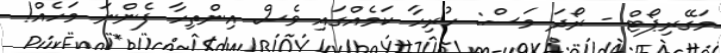
މަގޭރިޕޯޓް - ރޯދަ މަސް: ހުރިހާ ކަމެއްގައި ވެސް އިންތިހާ ފެންނަ މަހެއް!